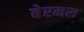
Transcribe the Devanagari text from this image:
बेरनस